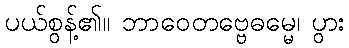
ပယ်စွန့်၏။ ဘာဝေတဗ္ဗေဓမ္မေ၊ ပွား